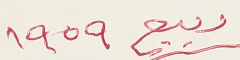
ربيع ١٩٥٩